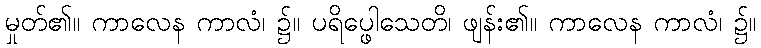
မှုတ်၏။ ကာလေန ကာလံ၊ ၌။ ပရိပ္ဖေါသေတိ၊ ဖျန်း၏။ ကာလေန ကာလံ၊ ၌။